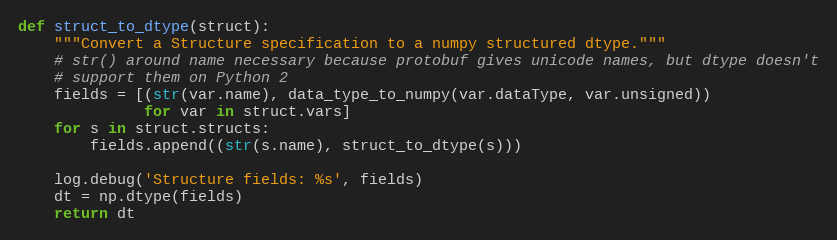
Language: Python
def struct_to_dtype(struct):
    """Convert a Structure specification to a numpy structured dtype."""
    # str() around name necessary because protobuf gives unicode names, but dtype doesn't
    # support them on Python 2
    fields = [(str(var.name), data_type_to_numpy(var.dataType, var.unsigned))
              for var in struct.vars]
    for s in struct.structs:
        fields.append((str(s.name), struct_to_dtype(s)))

    log.debug('Structure fields: %s', fields)
    dt = np.dtype(fields)
    return dt